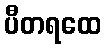
ပီတရထေ